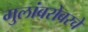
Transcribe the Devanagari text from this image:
मुलांबरोबरचे